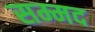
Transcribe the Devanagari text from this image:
सम्मद